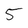
Character: 5